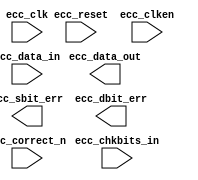
(* X_CORE_INFO = "ecc_v2_0,Vivado 2015.2" *)
module xil_ecc_dec_64x8(ecc_clk, ecc_reset, ecc_correct_n, ecc_clken, ecc_data_in, ecc_data_out, ecc_chkbits_in, ecc_sbit_err, ecc_dbit_err)
/* synthesis syn_black_box black_box_pad_pin="ecc_clk,ecc_reset,ecc_correct_n,ecc_clken,ecc_data_in[63:0],ecc_data_out[63:0],ecc_chkbits_in[7:0],ecc_sbit_err,ecc_dbit_err" */;
  input ecc_clk;
  input ecc_reset;
  input ecc_correct_n;
  input ecc_clken;
  input [63:0]ecc_data_in;
  output [63:0]ecc_data_out;
  input [7:0]ecc_chkbits_in;
  output ecc_sbit_err;
  output ecc_dbit_err;
endmodule